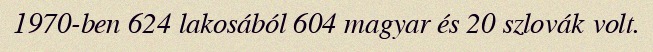
1970-ben 624 lakosából 604 magyar és 20 szlovák volt.